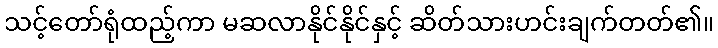
သင့်တော်ရုံထည့်ကာ မဆလာနိုင်နိုင်နှင့် ဆိတ်သားဟင်းချက်တတ်၏။